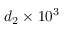
d _ { 2 } \times 1 0 ^ { 3 }